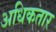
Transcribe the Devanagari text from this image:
अधिकतार